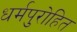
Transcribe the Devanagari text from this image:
धर्मपुरोहित